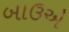
બાઉએ